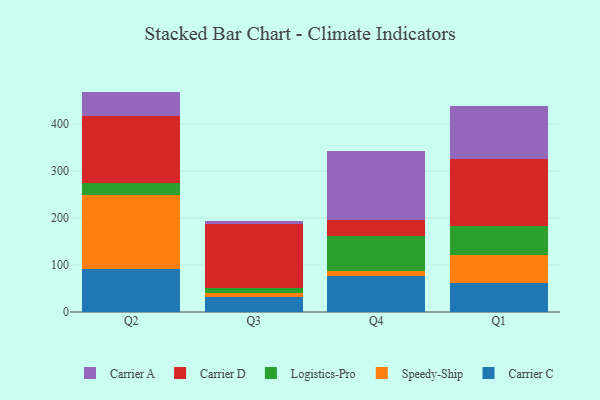
{"axis": {"x": "Quarter", "y": "Churn Rate (%)"}, "legend": ["Carrier A", "Carrier C", "Carrier D", "Logistics-Pro", "Speedy-Ship"], "data": [{"x": "Q2", "y": 92.2, "type": "Carrier C"}, {"x": "Q2", "y": 157.2, "type": "Speedy-Ship"}, {"x": "Q2", "y": 24.1, "type": "Logistics-Pro"}, {"x": "Q2", "y": 143.4, "type": "Carrier D"}, {"x": "Q2", "y": 51.9, "type": "Carrier A"}, {"x": "Q3", "y": 31.8, "type": "Carrier C"}, {"x": "Q3", "y": 9.2, "type": "Speedy-Ship"}, {"x": "Q3", "y": 9.2, "type": "Logistics-Pro"}, {"x": "Q3", "y": 137.3, "type": "Carrier D"}, {"x": "Q3", "y": 5.6, "type": "Carrier A"}, {"x": "Q4", "y": 77.5, "type": "Carrier C"}, {"x": "Q4", "y": 10.5, "type": "Speedy-Ship"}, {"x": "Q4", "y": 72.7, "type": "Logistics-Pro"}, {"x": "Q4", "y": 34.2, "type": "Carrier D"}, {"x": "Q4", "y": 146.9, "type": "Carrier A"}, {"x": "Q1", "y": 62.6, "type": "Carrier C"}, {"x": "Q1", "y": 58.2, "type": "Speedy-Ship"}, {"x": "Q1", "y": 62.4, "type": "Logistics-Pro"}, {"x": "Q1", "y": 142.4, "type": "Carrier D"}, {"x": "Q1", "y": 112.0, "type": "Carrier A"}]}